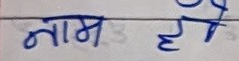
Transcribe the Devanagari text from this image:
नाम है